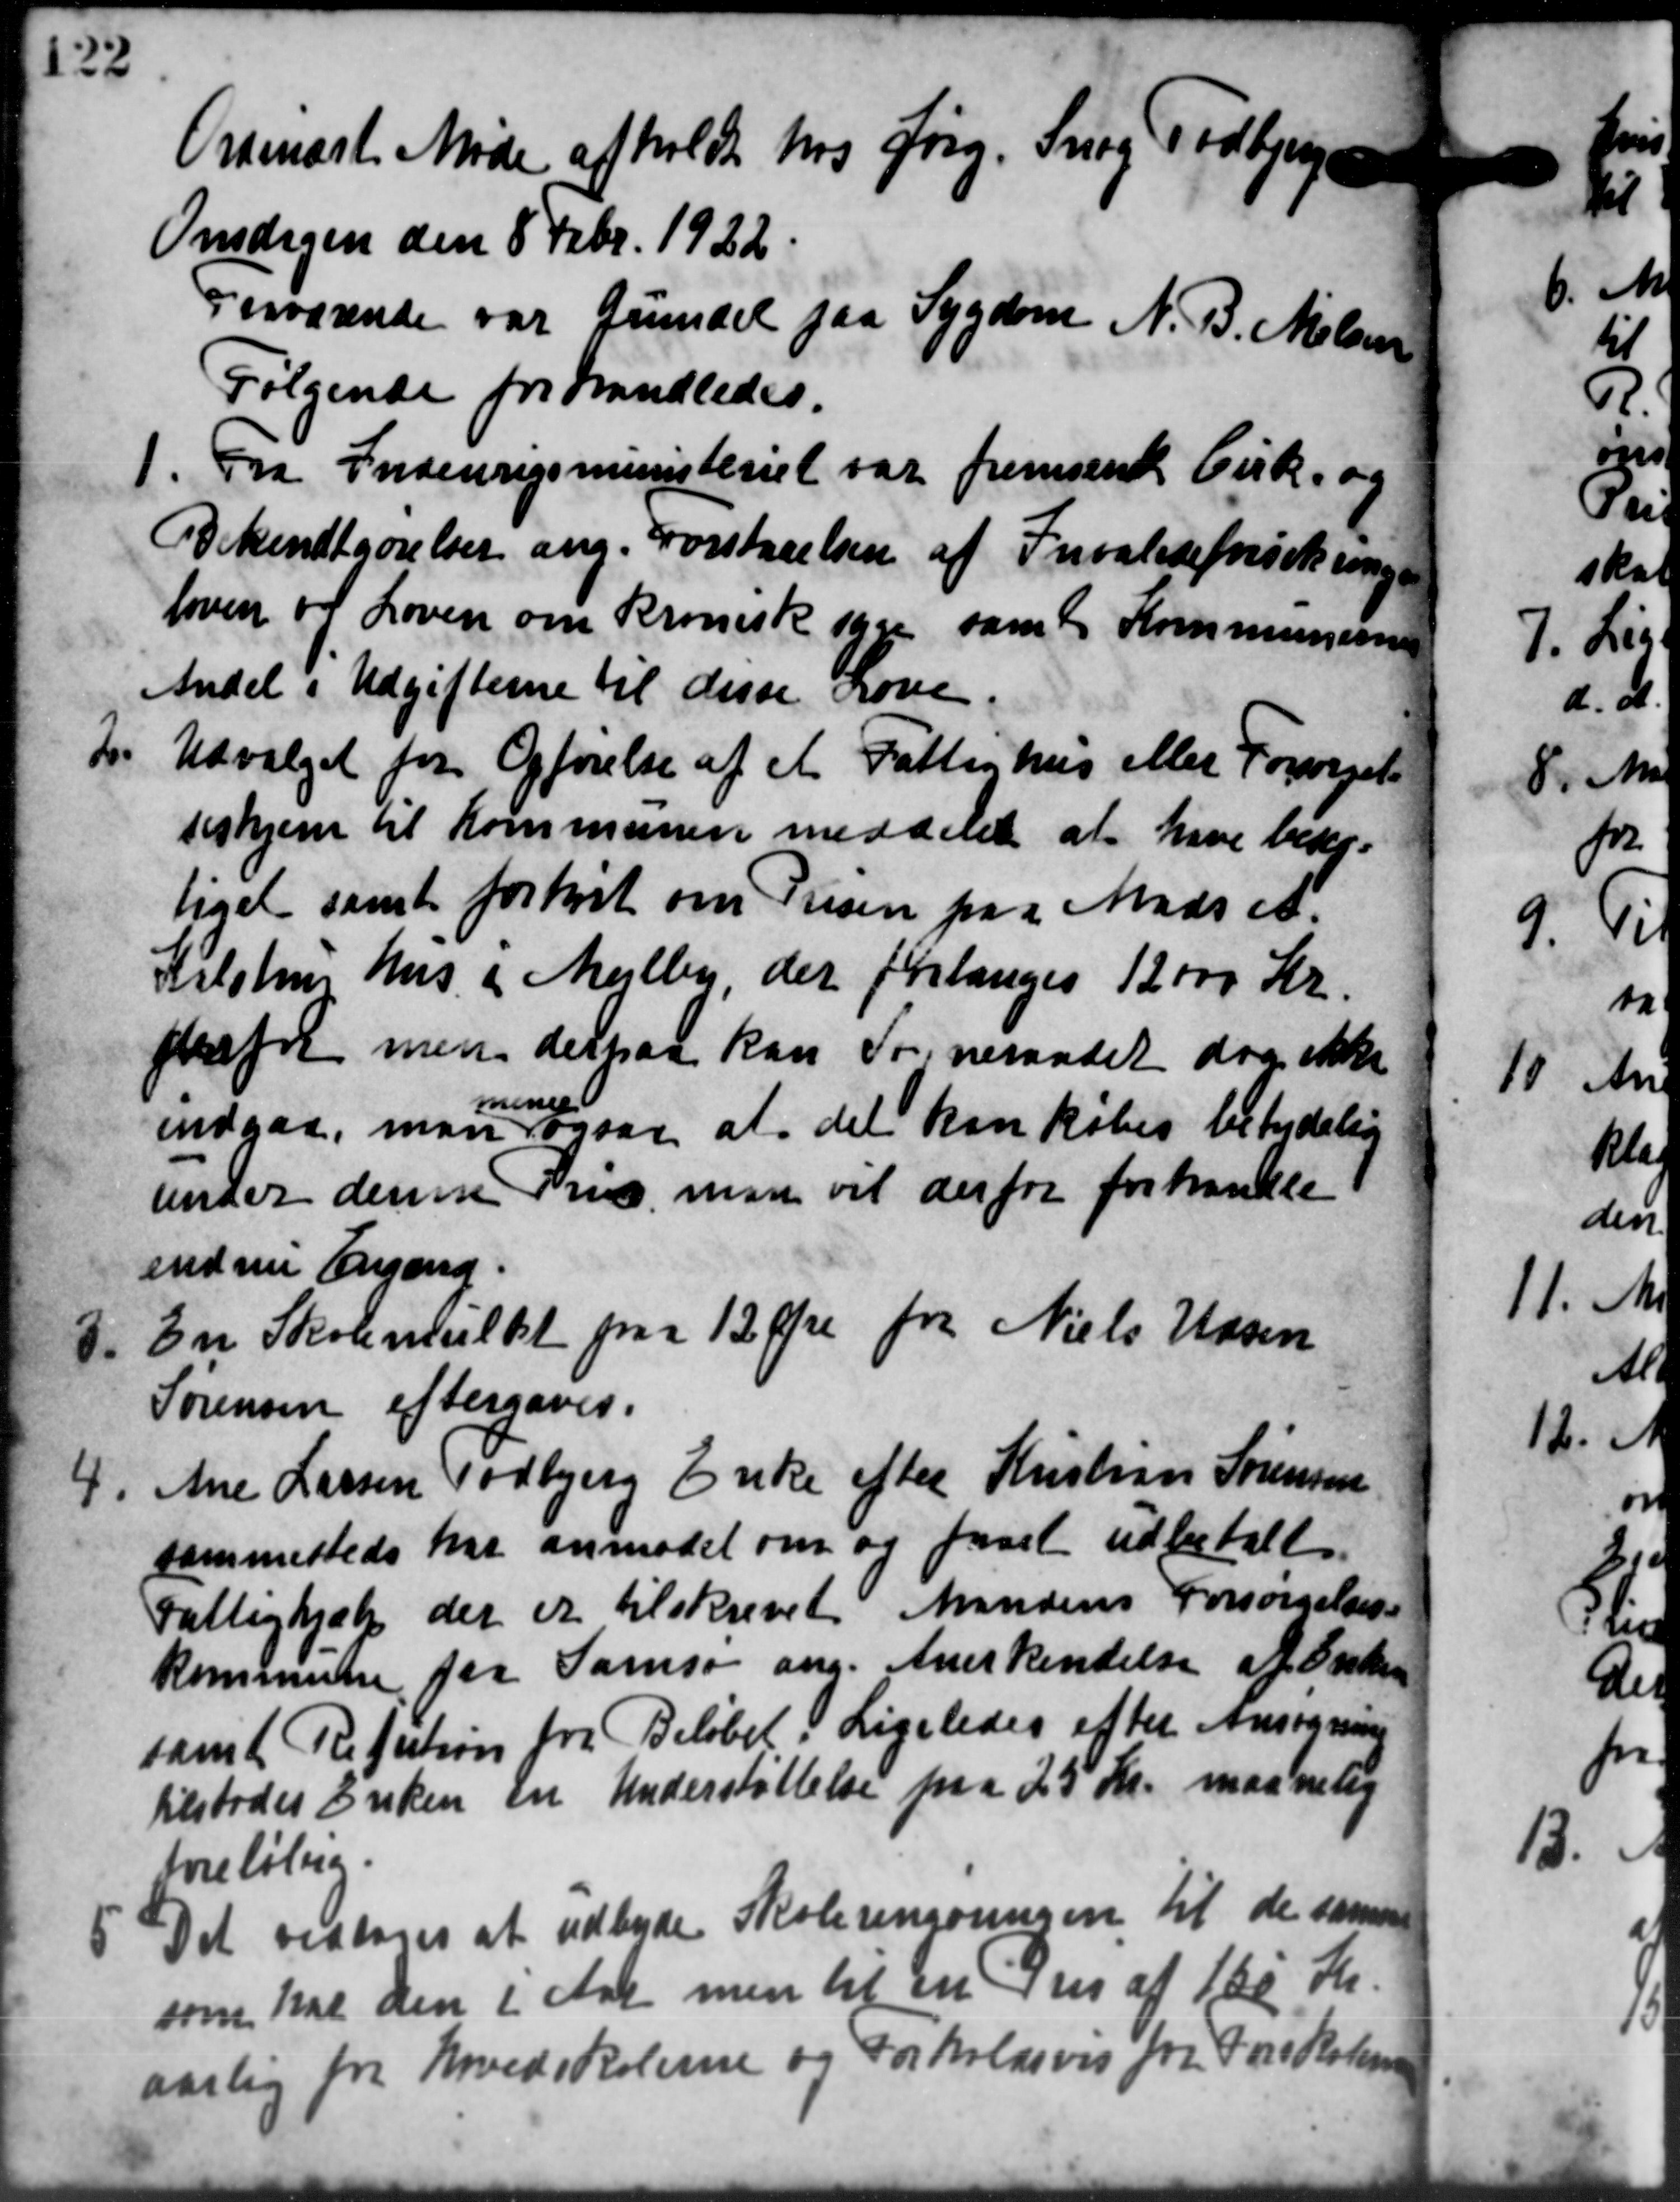
Transskription:
Ordinært Møde afholdt hos Jørg. Snog Todbjerg
Onsdagen den 8 Febr. 1922.
erværende var Grundel paa Sygdom N. B. Nielsen
Følgende forhandledes.
1. Fra Indenrigsministeriet var fremsende Cirk. og
1. Fra Indenrigsministeriet var fremsende Cirk. og
Bekendtgørelser ang. Forstaaelsen af Invalideforsikrings
loven og Loven om Kronisk syge samt Kommunerne
Andel i Udgifterne til disse rove.
do.
Udvalget for Opførelse af et Fattighus eller Forsørgels
seshjem til Kommunen meddeler at have bekj.
tiget samt forhørt om Prisen paa Mads A
Kilstrup Hus i Mejlby, der forlanges 12000 Kr.
derfor men derpaa kan Sogneraadet dog ikke
indgaa, man ogsaa at det kan købes betydelse
mene
Under denne Pris man vil derfor forhandle
endnu Engang.
3.
En Skolemulkt paa 12 Øre for Niels Udsen
Sørensen eftergaves.
4.
Ane Larsen Todbjerg Enke efter Kristian Sørensen
sammesteds har anmodet om og faaet udbetalt.
Fattighjælp der er tilskrevet Mandens Forsørgelses-
Kommune fra Samsø ang. Anerkendelse af Enken
samt Refution fra Beløbet. Ligeledes efter Ansøgning
tilstodes Enken en Understøttelse paa 29 Kr. maanelig
foreløbig.

Det vedtoges at udbyde Skolerengøringen til de samme
som kal den i Aar men til en Pris af 150 Kr.
aarlig fra Hovedskolerne og Forholdsvis for Inskolen